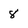
Character: 8